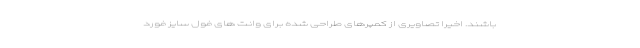
باشند. اخیرا تصاویری از کمپرهای طراحی شده برای وانت های فول سایز فورد